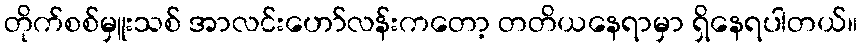
တိုက်စစ်မှူးသစ် အာလင်းဟော်လန်းကတော့ တတိယနေရာမှာ ရှိနေရပါတယ်။